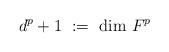
LaTeX: \begin{align*} d^p + 1 \ := \ \dim\,F^p\end{align*}